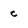
Character: c